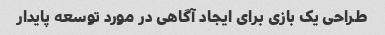
طراحی یک بازی برای ایجاد آگاهی در مورد توسعه پایدار